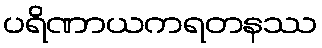
ပရိဏာယကရတနဿ